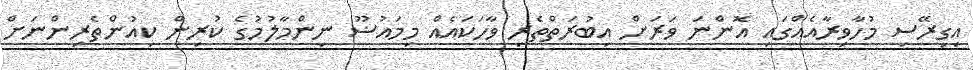
އިގިރޭސި މުހާވިރާއެއްގައި އޮންނަ ވަރަށް އިބުރަތްތެރި ވާހަކައެއް މިމައުޟޫ ނިންމާލުމުގެ ކުރިން ކިއުންތެރިންނަށް